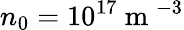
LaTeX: n_{0}=10^{17}\mathrm{~m~}^{-3}